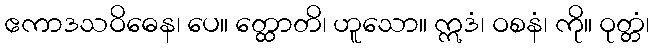
ဧကာဒသဝိဓေန၊ ပေ။ တ္ထောတိ၊ ဟူသော။ ဣဒံ၊ ဝစနံ၊ ကို။ ဝုတ္တံ၊